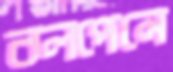
বলপেনে